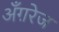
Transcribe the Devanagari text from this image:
अँग़रेज